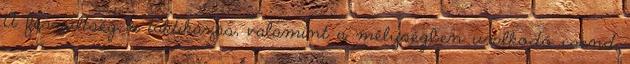
A feszültség, a taktikázás, valamint a mélységben uralkodó csend